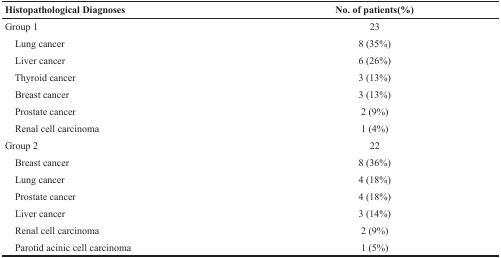
<table><thead><tr><td><b>Histopathological Diagnoses</b></td><td><b>No. of patients(%)</b></td></tr></thead><tbody><tr><td>Group 1</td><td>23</td></tr><tr><td> Lung cancer</td><td>8 (35%)</td></tr><tr><td> Liver cancer</td><td>6 (26%)</td></tr><tr><td> Thyroid cancer</td><td>3 (13%)</td></tr><tr><td> Breast cancer</td><td>3 (13%)</td></tr><tr><td> Prostate cancer</td><td>2 (9%)</td></tr><tr><td> Renal cell carcinoma</td><td>1 (4%)</td></tr><tr><td>Group 2</td><td>22</td></tr><tr><td> Breast cancer</td><td>8 (36%)</td></tr><tr><td> Lung cancer</td><td>4 (18%)</td></tr><tr><td> Prostate cancer</td><td>4 (18%)</td></tr><tr><td> Liver cancer</td><td>3 (14%)</td></tr><tr><td> Renal cell carcinoma</td><td>2 (9%)</td></tr><tr><td> Parotid acinic cell carcinoma</td><td>1 (5%)</td></tr></tbody></table>